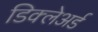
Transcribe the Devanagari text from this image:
डिक्‍लेअर्ड